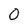
Character: 0